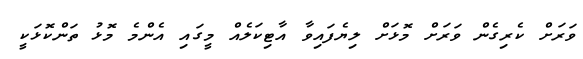
ވަރަށް ކެރިގެން ވަރަށް މޮޅަށް ލިޔެފައިވާ އާޓިކަލެއް މީގައި އެންމެ މޮޅު ތަންކޮޅަކީ